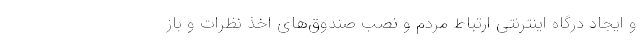
و ایجاد درگاه اینترنتی ارتباط مردم و نصب صندوق‌های اخذ نظرات و باز